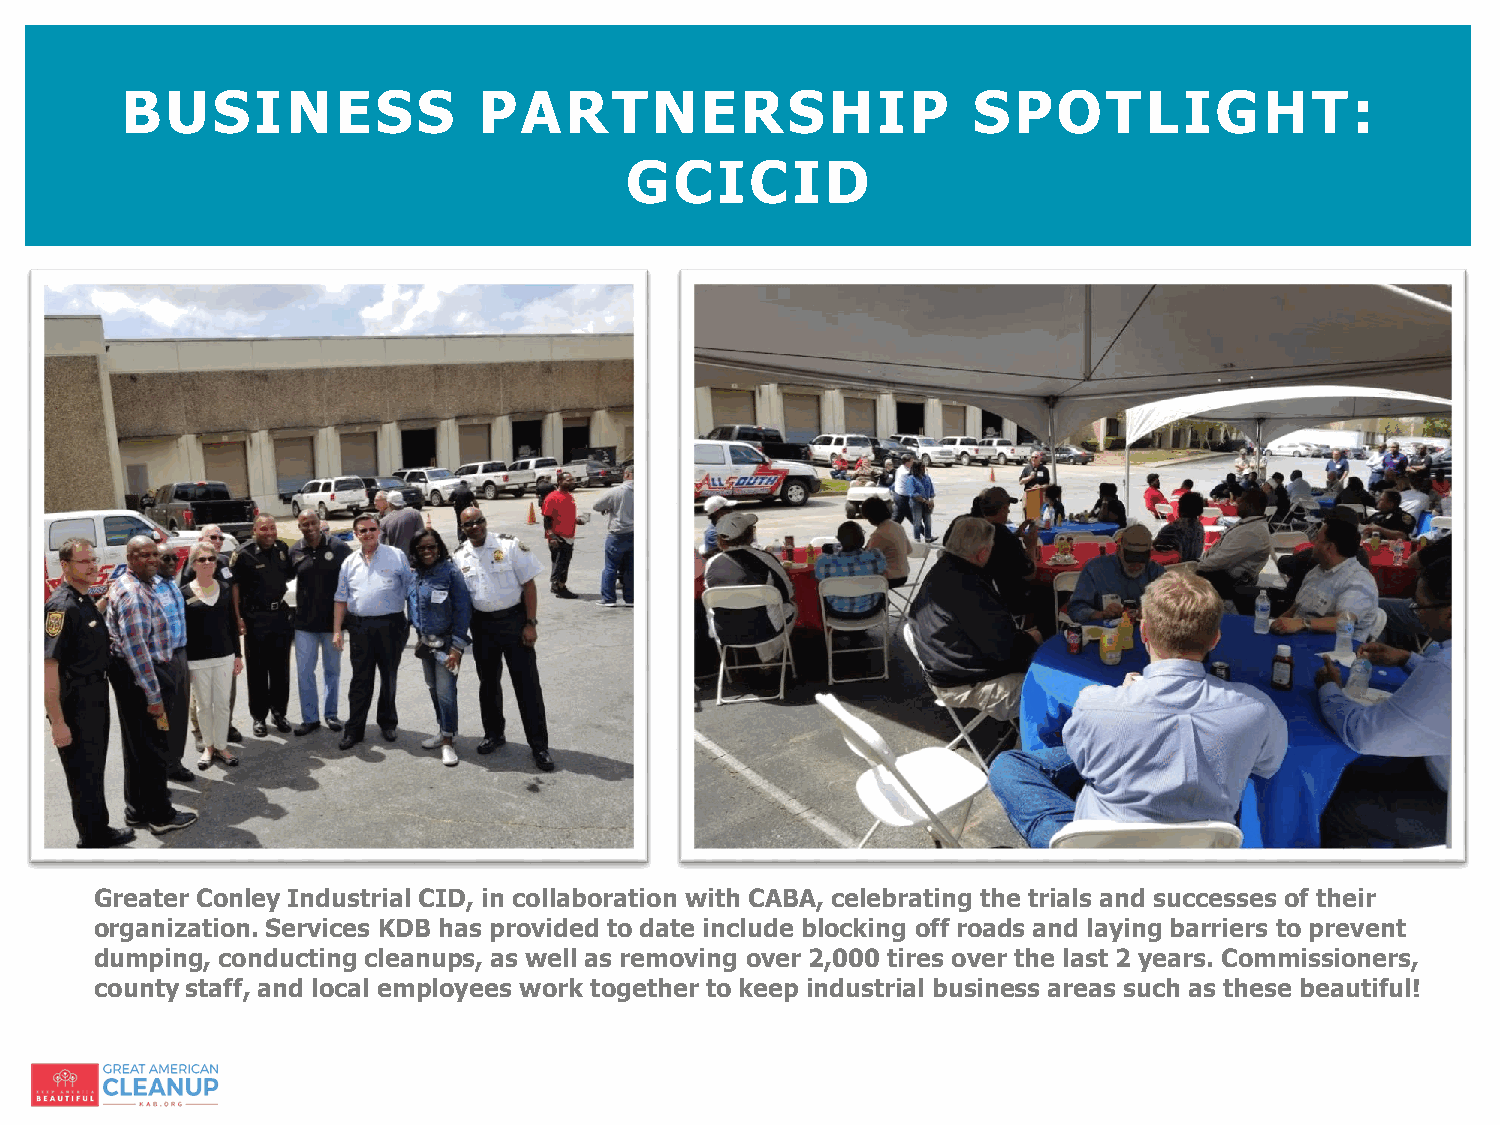
BUSINESS                PARTNERSHIP                     SPOTLIGHT:
 GCICID
 Greater Conley Industrial CID, in collaboration with CABA, celebrating the trials and successes of their
 organization. Services KDB has provided to date include blocking off roads and laying barriers to prevent
 dumping, conducting cleanups, as well as removing over 2,000 tires over the last 2 years. Commissioners,
 county staff, and local employees work together to keep industrial business areas such as these beautiful!